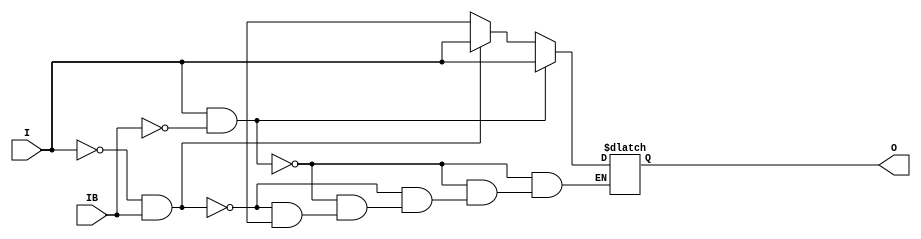
// $Header: /devl/xcs/repo/env/Databases/CAEInterfaces/verunilibs/data/unisims/IBUFDS.v,v 1.10 2009/08/21 23:55:43 harikr Exp $
///////////////////////////////////////////////////////////////////////////////
// Copyright (c) 1995/2004 Xilinx, Inc.
// All Right Reserved.
///////////////////////////////////////////////////////////////////////////////
//   ____  ____
//  /   /\/   /
// /___/  \  /    Vendor : Xilinx
// \   \   \/     Version : 10.1
//  \   \         Description : Xilinx Functional Simulation Library Component
//  /   /                  Differential Signaling Input Buffer
// /___/   /\     Filename : IBUFDS.v
// \   \  /  \    Timestamp : Thu Mar 25 16:42:23 PST 2004
//  \___\/\___\
//
// Revision:
//    03/23/04 - Initial version.
//    07/19/06 - Add else to handle x case for o_out (CR 234718).
//    05/23/07 - Changed timescale to 1 ps / 1 ps.
//    07/16/08 - Added IBUF_LOW_PWR attribute.
//    03/19/09 - CR 511590 - Added Z condition handling
//    04/22/09 - CR 519127 - Changed IBUF_LOW_PWR default to TRUE.
// End Revision

`timescale  1 ps / 1 ps


module IBUFDS (O, I, IB);

    parameter CAPACITANCE = "DONT_CARE";
    parameter DIFF_TERM = "FALSE";
    parameter IBUF_DELAY_VALUE = "0";
    parameter IBUF_LOW_PWR = "TRUE";
    parameter IFD_DELAY_VALUE = "AUTO";
    parameter IOSTANDARD = "DEFAULT";
   
    output O;
    input  I, IB;

    reg o_out;

    buf b_0 (O, o_out);

    initial begin
	
        case (CAPACITANCE)

            "LOW", "NORMAL", "DONT_CARE" : ;
            default : begin
                          $display("Attribute Syntax Error : The attribute CAPACITANCE on IBUFDS instance %m is set to %s.  Legal values for this attribute are DONT_CARE, LOW or NORMAL.", CAPACITANCE);
                          $finish;
                      end

        endcase

	case (DIFF_TERM)

            "TRUE", "FALSE" : ;
            default : begin
                          $display("Attribute Syntax Error : The attribute DIFF_TERM on IBUFDS instance %m is set to %s.  Legal values for this attribute are TRUE or FALSE.", DIFF_TERM);
                          $finish;
                      end

	endcase // case(DIFF_TERM)


	case (IBUF_DELAY_VALUE)

            "0", "1", "2", "3", "4", "5", "6", "7", "8", "9", "10", "11", "12", "13", "14", "15", "16" : ;
            default : begin
                          $display("Attribute Syntax Error : The attribute IBUF_DELAY_VALUE on IBUFDS instance %m is set to %s.  Legal values for this attribute are 0, 1, 2, ... or 16.", IBUF_DELAY_VALUE);
                          $finish;
                      end

        endcase

        case (IBUF_LOW_PWR)

            "FALSE", "TRUE" : ;
            default : begin
                          $display("Attribute Syntax Error : The attribute IBUF_LOW_PWR on IBUF instance %m is set to %s.  Legal values for this attribute are TRUE or FALSE.", IBUF_LOW_PWR);
                          $finish;
                      end

        endcase

	case (IFD_DELAY_VALUE)

            "AUTO", "0", "1", "2", "3", "4", "5", "6", "7", "8" : ;
            default : begin
                          $display("Attribute Syntax Error : The attribute IFD_DELAY_VALUE on IBUFDS instance %m is set to %s.  Legal values for this attribute are AUTO, 0, 1, 2, ... or 8.", IFD_DELAY_VALUE);
                          $finish;
                      end

	endcase

    end

    always @(I or IB) 
	if (I == 1'b1 && IB == 1'b0)
	    o_out = I;
	else if (I == 1'b0 && IB == 1'b1)
	    o_out = I;
        else if (I == 1'bx || I == 1'bz || IB == 1'bx || IB == 1'bz)
            o_out = 1'bx;
    

endmodule